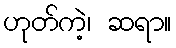
ဟုတ်ကဲ့၊ ဆရာ။